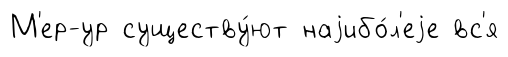
М'ер-ур существу́ют наjибо́л'еjе вс'я